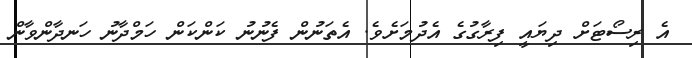
އެ ރިސޯޓަށް ދިޔައީ ފިރާގުގެ އެދުމަށެވެ. އެތަނުން ފެނުނު ކަންކަން ހަމްދާނު ހަނދާންވާން